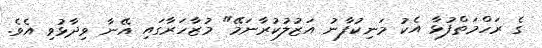
ގެ ރަހްމަތްފުޅާ އެކު މަނިކުފާނު އަޒުލުކުރާނަމޭ" މުޒާހަރާގައި އޭނާ ވިދާޅުވި އެވެ.